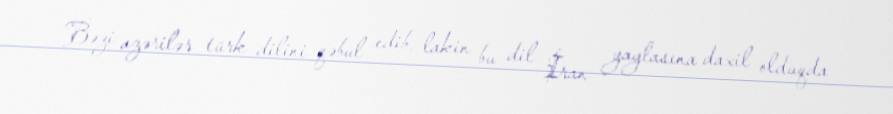
Bəzi azərilər türk dilini qəbul edib, lakin bu dil İran yaylasına daxil olduqda